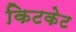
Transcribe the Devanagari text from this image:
किटकेट